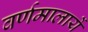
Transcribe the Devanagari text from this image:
वर्णमालायें